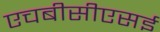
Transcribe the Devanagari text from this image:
एचबीसीएसई